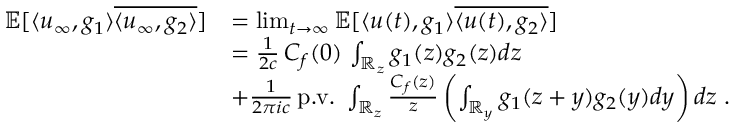
\begin{array} { r l } { \mathbb { E } [ \langle u _ { \infty } , g _ { 1 } \rangle \overline { { \langle u _ { \infty } , g _ { 2 } \rangle } } ] } & { = \operatorname* { l i m } _ { t \rightarrow \infty } \mathbb { E } [ \langle u ( t ) , g _ { 1 } \rangle \overline { { \langle u ( t ) , g _ { 2 } \rangle } } ] } \\ & { = \frac { 1 } { 2 c } \, C _ { f } ( 0 ) \, \int _ { \mathbb { R } _ { z } } g _ { 1 } ( z ) g _ { 2 } ( z ) d z } \\ & { + \frac { 1 } { 2 \pi i c } \, \mathrm { p . v . } \ \int _ { \mathbb { R } _ { z } } \frac { C _ { f } ( z ) } { z } \left( \int _ { \mathbb { R } _ { y } } g _ { 1 } ( z + y ) g _ { 2 } ( y ) d y \right) d z \ . } \end{array}